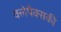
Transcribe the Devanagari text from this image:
क्लेपैक्सकी